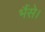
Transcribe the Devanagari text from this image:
भैंसे।